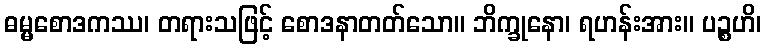
ဓမ္မစောဒကဿ၊ တရားသဖြင့် စောဒနာတတ်သော။ ဘိက္ခုနော၊ ရဟန်းအား။ ပဉ္စဟိ၊